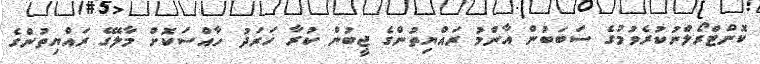
ކޮންޓްރޯލްނުކުރެވުމުގެ ސަބަބުން އާންމު ރައްޔިތުންގެ ޖީބުން ކުރާ ޚަރަދު ހާއްސަކޮށް މާލޭގެ ރައްޔިތުންގެ